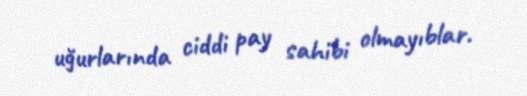
uğurlarında ciddi pay sahibi olmayıblar.